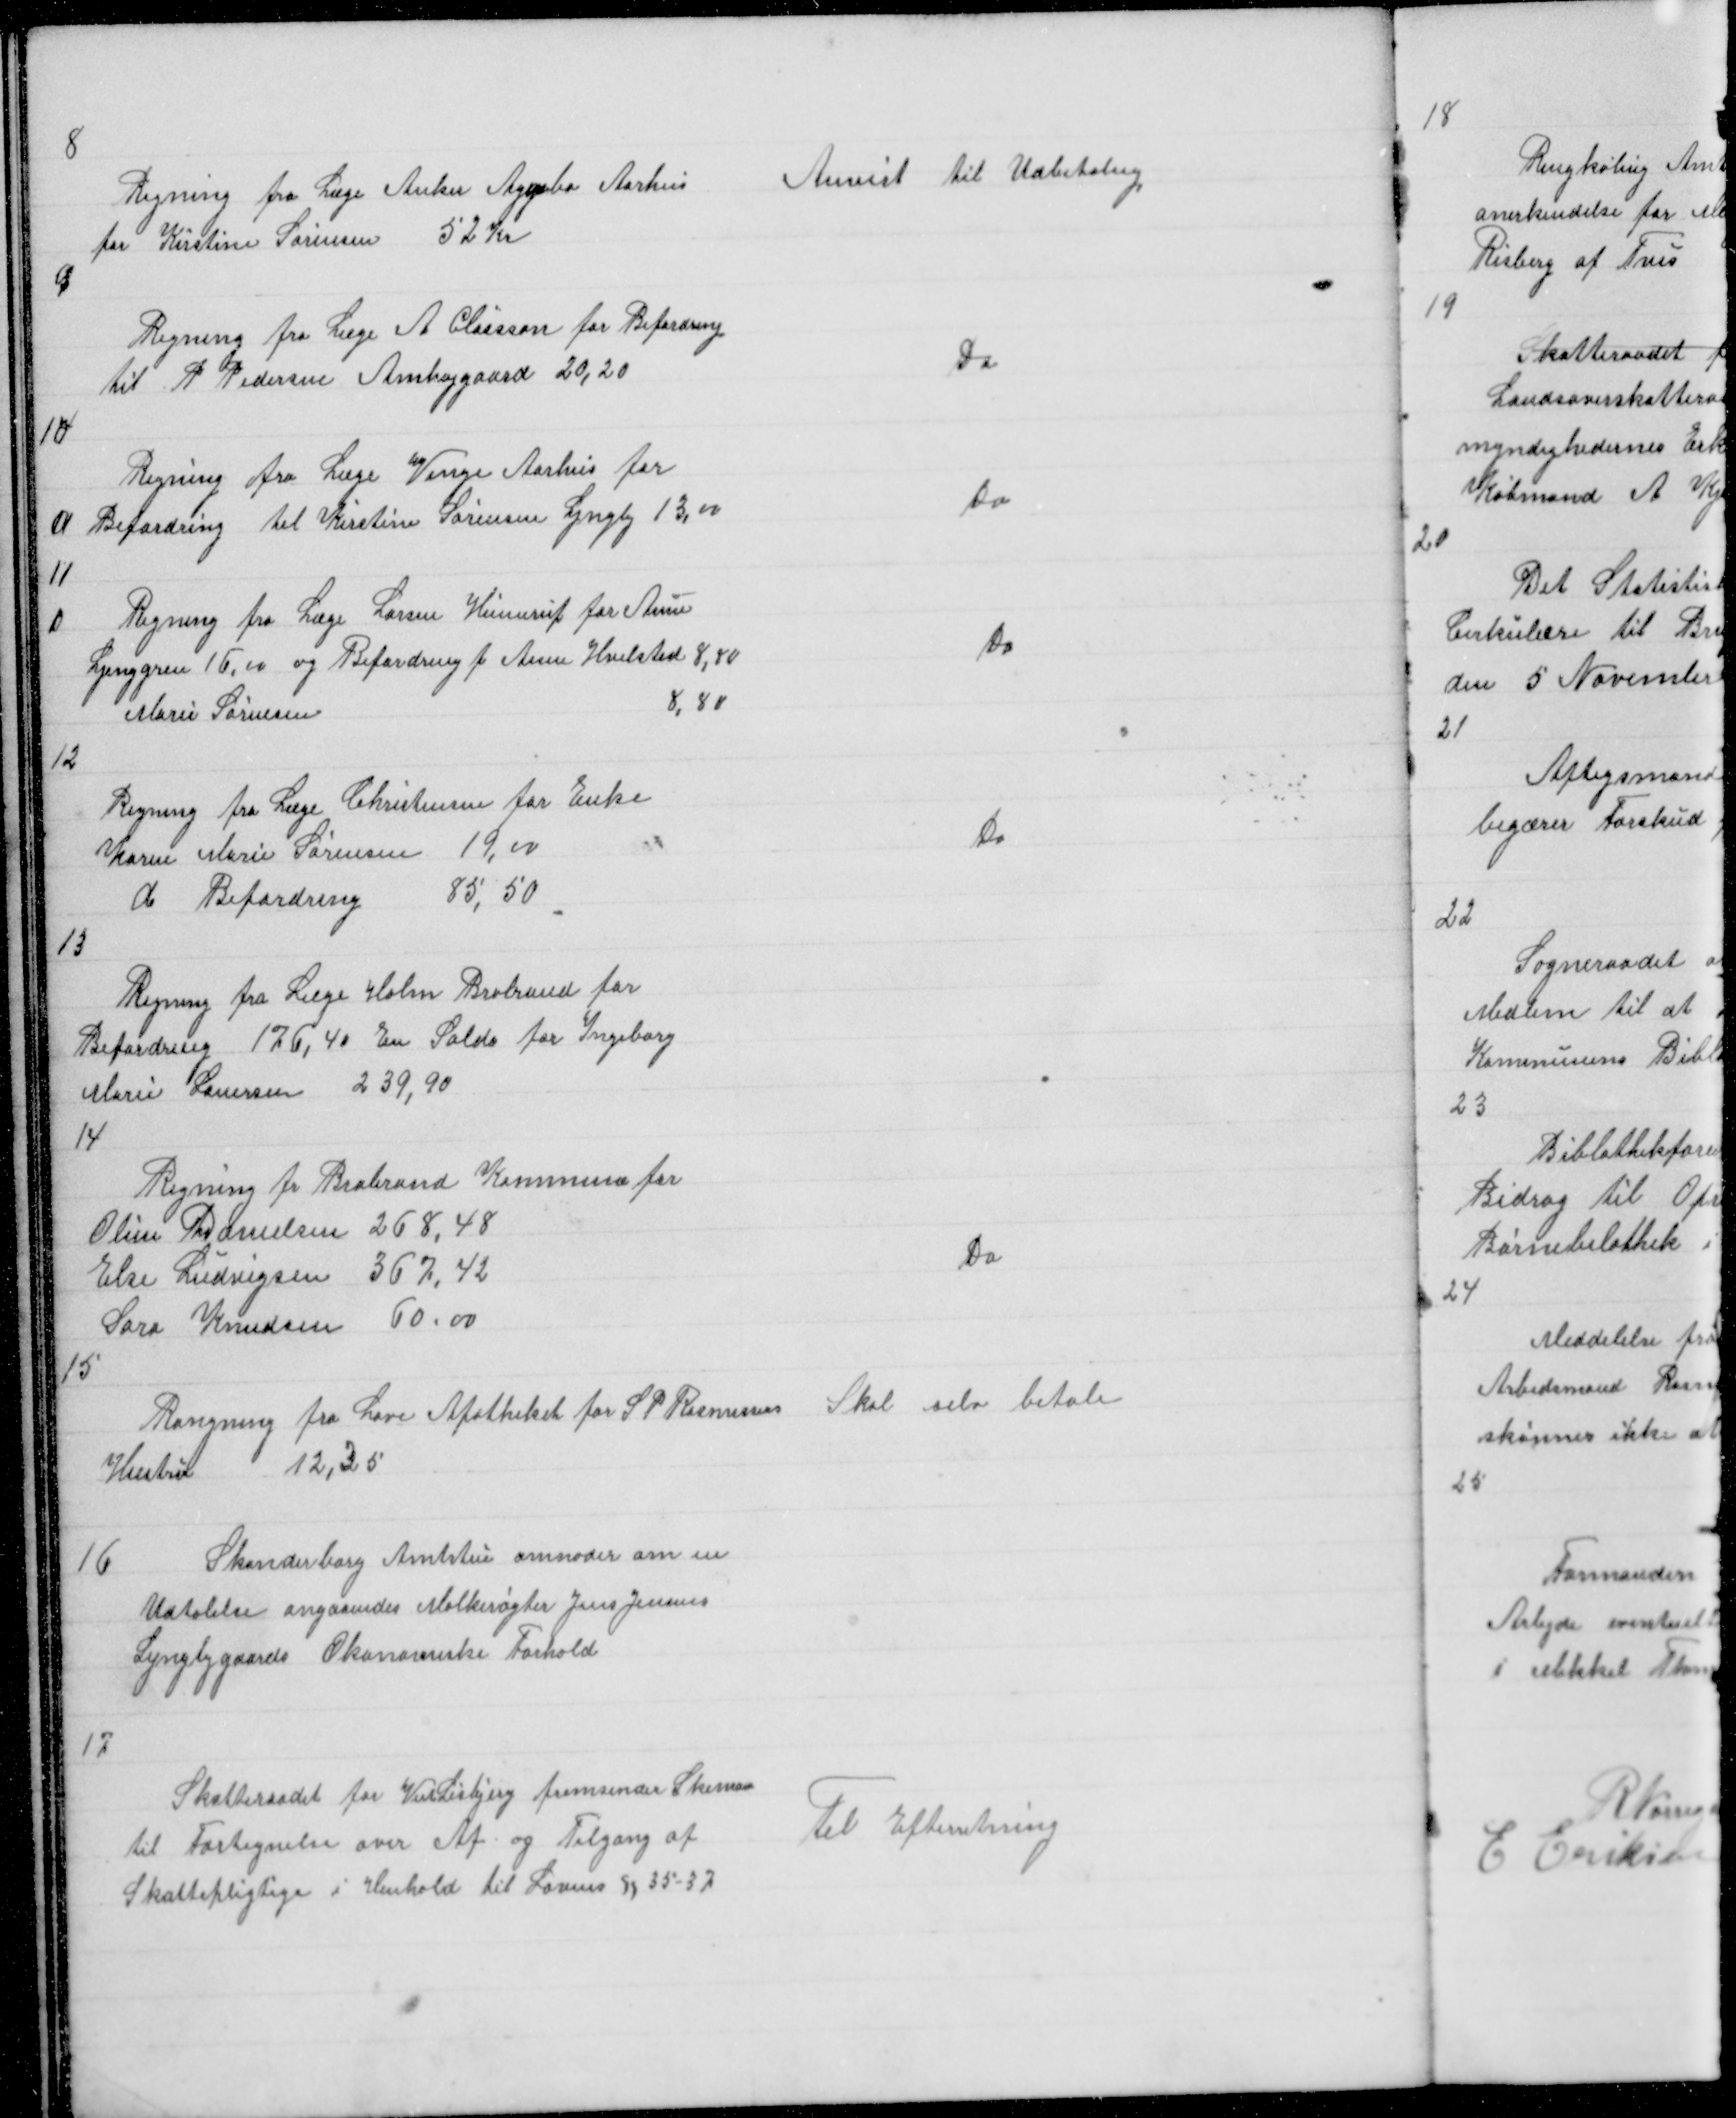
Transskription:
8

Regning fra Læge Anker Aggerbo Aarhus
for Kirstine Sørensn 52 Kr

Anvist til Udbetaling

9

Regning fra Læge A Claasson for Befordring
til P Pedersen Amhøjgaard 20,20

Do

10

Regning fra Læge Venge Aarhus for
Befordring til Kirstine Sørensen Lyngby 13,00

Do

11

11

Regning fra Læge Larsen Hinnerup for Anne
Ljunggren 16,00 og Befordring f Anne hvilsted 8,80
Marie Sørensen
8,80

1

Do

12

Regning fra Læge Christensen for Enke
Karen Marie Sørensen 19,00
d Befordring
85,50

Do

13

Regning fra Læge Holm Brabrand for
Befordring 176,40 En Saldo for Ingeborg
Marie Lauersen 239,90
14

Regning fra Brabrand Kommune for
Oline Danielsen 268,48
Else Ludvigsen 367,42
Sara Knudsen 60,00

Do

15

Rangning fra Løve Apotheket for S P Rasmussens
Hustru
12,35

Skal selv betale

16

Skanderborg Amtstue anmoder om en
Udtalelse angaaendes Malkerøgter Jens Jensens
Lyngbygaards Økonomisle Forhold

17

Skatteraadet for VestLisbjerg fremsender Skemaer
til Fortegnelse over Af og Tilgang af
Skattepligtige i Henhold til Lovens § 35 - 37

Til Efterretning